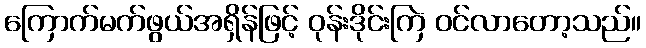
ကြောက်မက်ဖွယ်အရှိန်ဖြင့် ဝုန်းဒိုင်းကြဲ ဝင်လာတော့သည်။